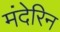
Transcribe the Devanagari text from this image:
मंदेरिन